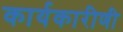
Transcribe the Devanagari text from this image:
कार्यकारीणी